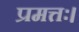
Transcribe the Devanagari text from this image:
प्रमत्तः।